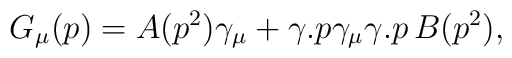
G_\mu (p)=A(p^2)\gamma _\mu +\gamma .p\gamma _\mu \gamma .p\,B(p^2),